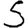
Digit: 5